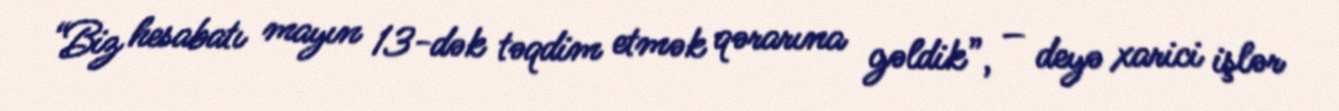
“Biz hesabatı mayın 13-dək təqdim etmək qərarına gəldik”, – deyə xarici işlər